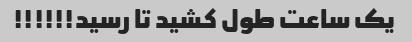
یک ساعت طول کشید تا رسید!!!!!!